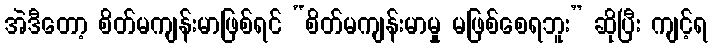
အဲဒီတော့ စိတ်မကျန်းမာဖြစ်ရင် “စိတ်မကျန်းမာမှု မဖြစ်စေရဘူး” ဆိုပြီး ကျင့်ရ